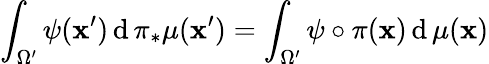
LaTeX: \int_{\Omega^{\prime}}\psi(\mathbf{x}^{\prime})\, \mathrm{{d}}\, \pi_{*}\mu(\mathbf{x}^{\prime})=\int_{\Omega^{\prime}}\psi\circ\pi(\mathbf{x})\, \mathrm{{d}}\, \mu(\mathbf{x})